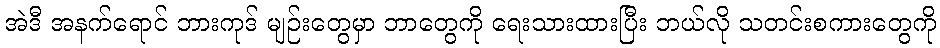
အဲဒီ အနက်ရောင် ဘားကုဒ် မျဉ်းတွေမှာ ဘာတွေကို ရေးသားထားပြီး ဘယ်လို သတင်းစကားတွေကို